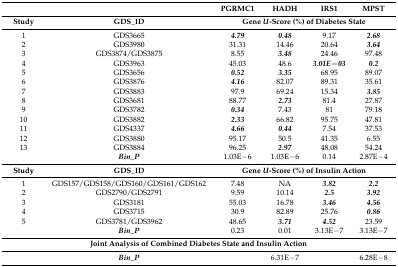
| <COLSPAN=2>  | PGRMC1 | HADH | IRS1 | MPST |
 | --- | --- | --- | --- | --- | --- |
 | Study | GDS_ID | <COLSPAN=4> Gene U-Score (%) of Diabetes State |
 | 1 | GDS3665 | 4.79 | 0.48 | 9.17 | 2.68 |
 | 2 | GDS3980 | 31.31 | 14.46 | 20.64 | 3.64 |
 | 3 | GDS3874/GDS3875 | 8.55 | 3.48 | 24.46 | 97.48 |
 | 4 | GDS3963 | 45.03 | 48.6 | 3.01E−03 | 0.2 |
 | 5 | GDS3656 | 0.52 | 3.35 | 68.95 | 89.07 |
 | 6 | GDS3876 | 4.16 | 82.07 | 89.31 | 35.61 |
 | 7 | GDS3883 | 97.9 | 69.24 | 15.34 | 3.85 |
 | 8 | GDS3681 | 88.77 | 2.73 | 81.4 | 27.87 |
 | 9 | GDS3782 | 0.34 | 7.43 | 81 | 79.18 |
 | 10 | GDS3882 | 2.33 | 66.82 | 95.75 | 47.81 |
 | 11 | GDS4337 | 4.66 | 0.44 | 7.54 | 37.53 |
 | 12 | GDS3880 | 95.17 | 50.5 | 41.35 | 6.55 |
 | 13 | GDS3884 | 96.25 | 2.97 | 48.08 | 54.24 |
 |  | Bin_P | 1.03E−6 | 1.03E−6 | 0.14 | 2.87E−4 |
 | Study | GDS_ID | <COLSPAN=4> Gene U-Score (%) of Insulin Action |
 | 1 | GDS157/GDS158/GDS160/GDS161/GDS162 | 7.48 | NA | 3.82 | 2.2 |
 | 2 | GDS2790/GDS2791 | 9.59 | 10.14 | 2.5 | 3.92 |
 | 3 | GDS3181 | 55.03 | 16.78 | 3.46 | 4.56 |
 | 4 | GDS3715 | 30.9 | 82.89 | 25.76 | 0.86 |
 | 5 | GDS3781/GDS3962 | 48.65 | 3.71 | 4.52 | 23.59 |
 |  | Bin_P | 0.23 | 0.01 | 3.13E−7 | 3.13E−7 |
 | <COLSPAN=6> Joint Analysis of Combined Diabetes State and Insulin Action |
 |  | Bin_P |  | 6.31E−7 |  | 6.28E−8 |